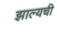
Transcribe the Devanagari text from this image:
झाल्यची